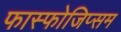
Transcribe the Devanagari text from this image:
फास्फोजिप्सम